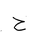
Letter: _ha